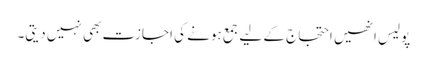
پولیس انھیں احتجاج کے لیے جمع ہونے کی اجازت بھی نہیں دیتی۔